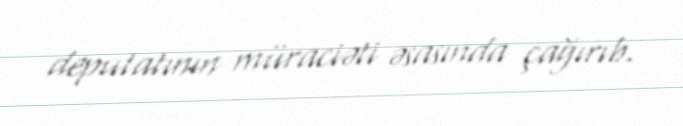
deputatının müraciəti əsasında çağırıb.